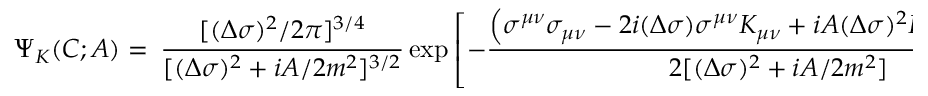
\Psi _ { K } ( C ; A ) = \ { \frac { [ ( \Delta \sigma ) ^ { 2 } / 2 \pi ] ^ { 3 / 4 } } { [ ( \Delta \sigma ) ^ { 2 } + i A / 2 m ^ { 2 } ] ^ { 3 / 2 } } } \exp \left[ - { \frac { \left( \sigma ^ { \mu \nu } \sigma _ { \mu \nu } - 2 i ( \Delta \sigma ) \sigma ^ { \mu \nu } K _ { \mu \nu } + i A ( \Delta \sigma ) ^ { 2 } K _ { \mu \nu } K ^ { \mu \nu } / 4 m ^ { 2 } \right) } { 2 [ ( \Delta \sigma ) ^ { 2 } + i A / 2 m ^ { 2 } ] } } \right]